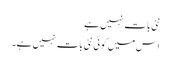
نئی بات نہیں ہے
اس میں کوئی نئی بات نہیں ہے۔